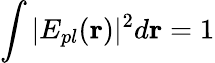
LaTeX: \int|E_{pl}(\mathbf{r})|^{2}d\mathbf{r}=1